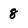
Character: 8